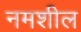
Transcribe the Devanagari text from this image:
नमशील